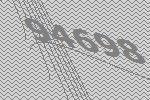
94698